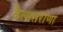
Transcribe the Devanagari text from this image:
कैलासराणा